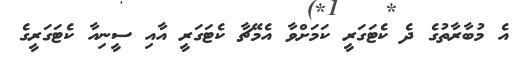
އެ މުބާރާތުގެ ދެ ކެޓަގަރީ ކަމަށްވާ އެމޭޗާ ކެޓަގަރީ އާއި ސީނިއާ ކެޓަގަރީގެ